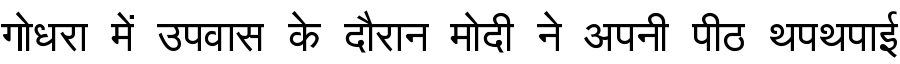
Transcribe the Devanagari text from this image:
गोधरा में उपवास के दौरान मोदी ने अपनी पीठ थपथपाई